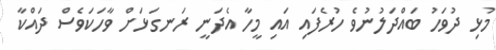
މުޅި ދުވަހު ބައްދަލުނުވެ ހުރެފައި އައި މީހާ އެދަނީ ރަނގަޅަށް ވާހަކަވެސް ދައްކާ